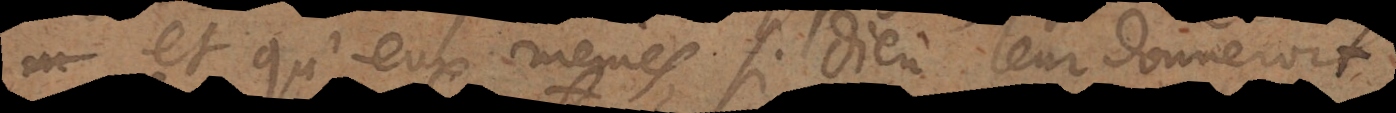
et qu’eux mêmes, si Dieu leur donneroit